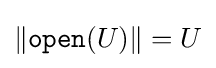
\left\|{\mathtt {open}}(U)\right\|=U